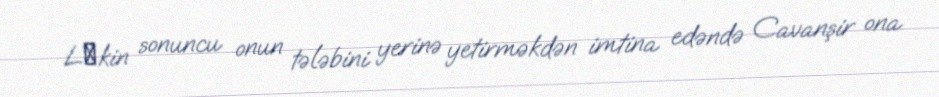
Lаkin sonuncu onun tələbini yerinə yetirməkdən imtina edəndə Cavanşir ona